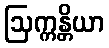
ဩက္ကန္တိယာ